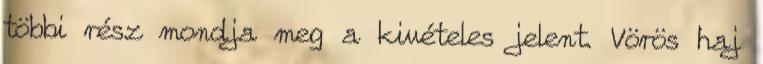
többi rész mondja meg a kivételes jelent. Vörös haj